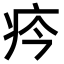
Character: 𤴽